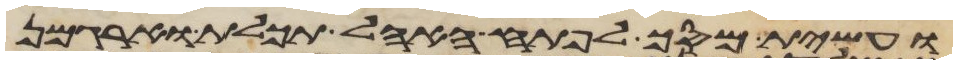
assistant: ועשית מסך לפתח האהל תכלת וארגמן